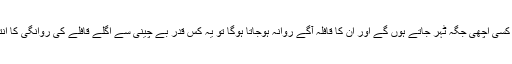
اور جب یہ آوارہ گرد کسی اچھی جگہ ٹہر جاتے ہوں گے اور ان کا قافلہ آگے روانہ ہوجاتا ہوگا تو یہ کس قدر بے چینی سے اگلے قافلے کی روانگی کا انتظار کرتے ہوں گے؟